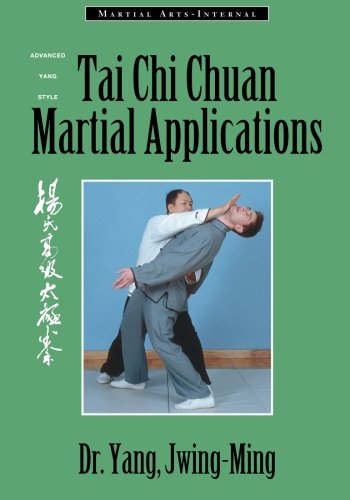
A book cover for Tai Chi Chuan Martial Applications: Advanced Yang Style Tai Chi Chaun (Martial Arts-Internal); Yang Jwing-Ming; Health, Fitness & Dieting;